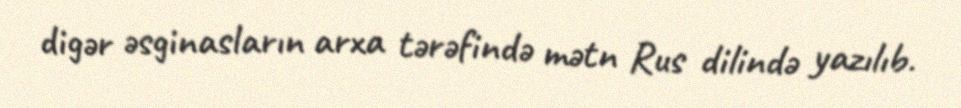
digər əsginasların arxa tərəfində mətn Rus dilində yazılıb.